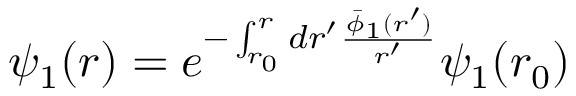
\psi _ { 1 } ( r ) = e ^ { - \int _ { r _ { 0 } } ^ { r } d r ^ { \prime } \frac { \bar { \phi } _ { 1 } ( r ^ { \prime } ) } { r ^ { \prime } } } \psi _ { 1 } ( r _ { 0 } )